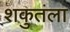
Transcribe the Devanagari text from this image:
शकुतंला